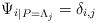
LaTeX: \begin{align*} {\Psi_i}_{|P=\Lambda_j} = \delta_{i,j} \end{align*}